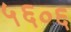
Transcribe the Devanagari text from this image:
५६०६